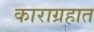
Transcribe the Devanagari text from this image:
काराग्रहात